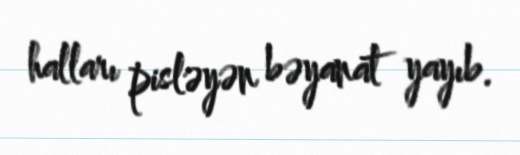
halları pisləyən bəyanat yayıb.